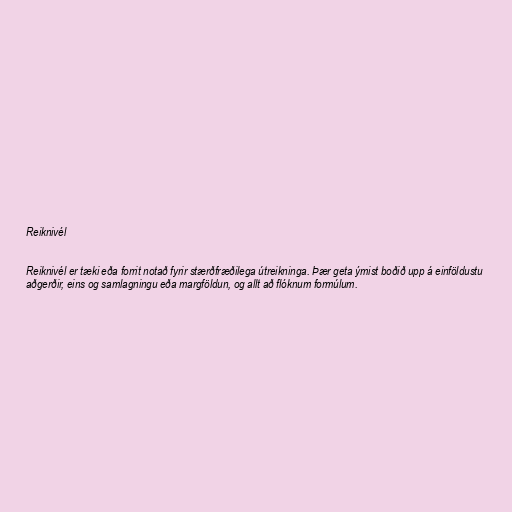
Reiknivél

Reiknivél er tæki eða forrit notað fyrir stærðfræðilega útreikninga. Þær geta ýmist boðið upp á einföldustu
aðgerðir, eins og samlagningu eða margföldun, og allt að flóknum formúlum.